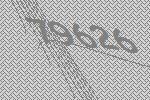
79626